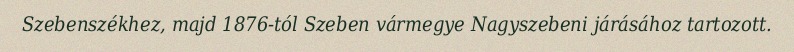
Szebenszékhez, majd 1876-tól Szeben vármegye Nagyszebeni járásához tartozott.